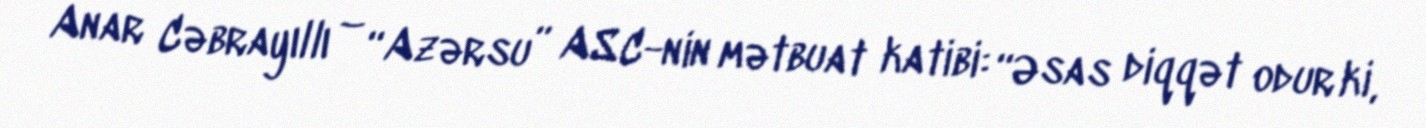
Anar Cəbrayıllı – “Azərsu” ASC-nin mətbuat katibi: “Əsas diqqət odur ki,